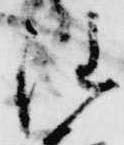
注